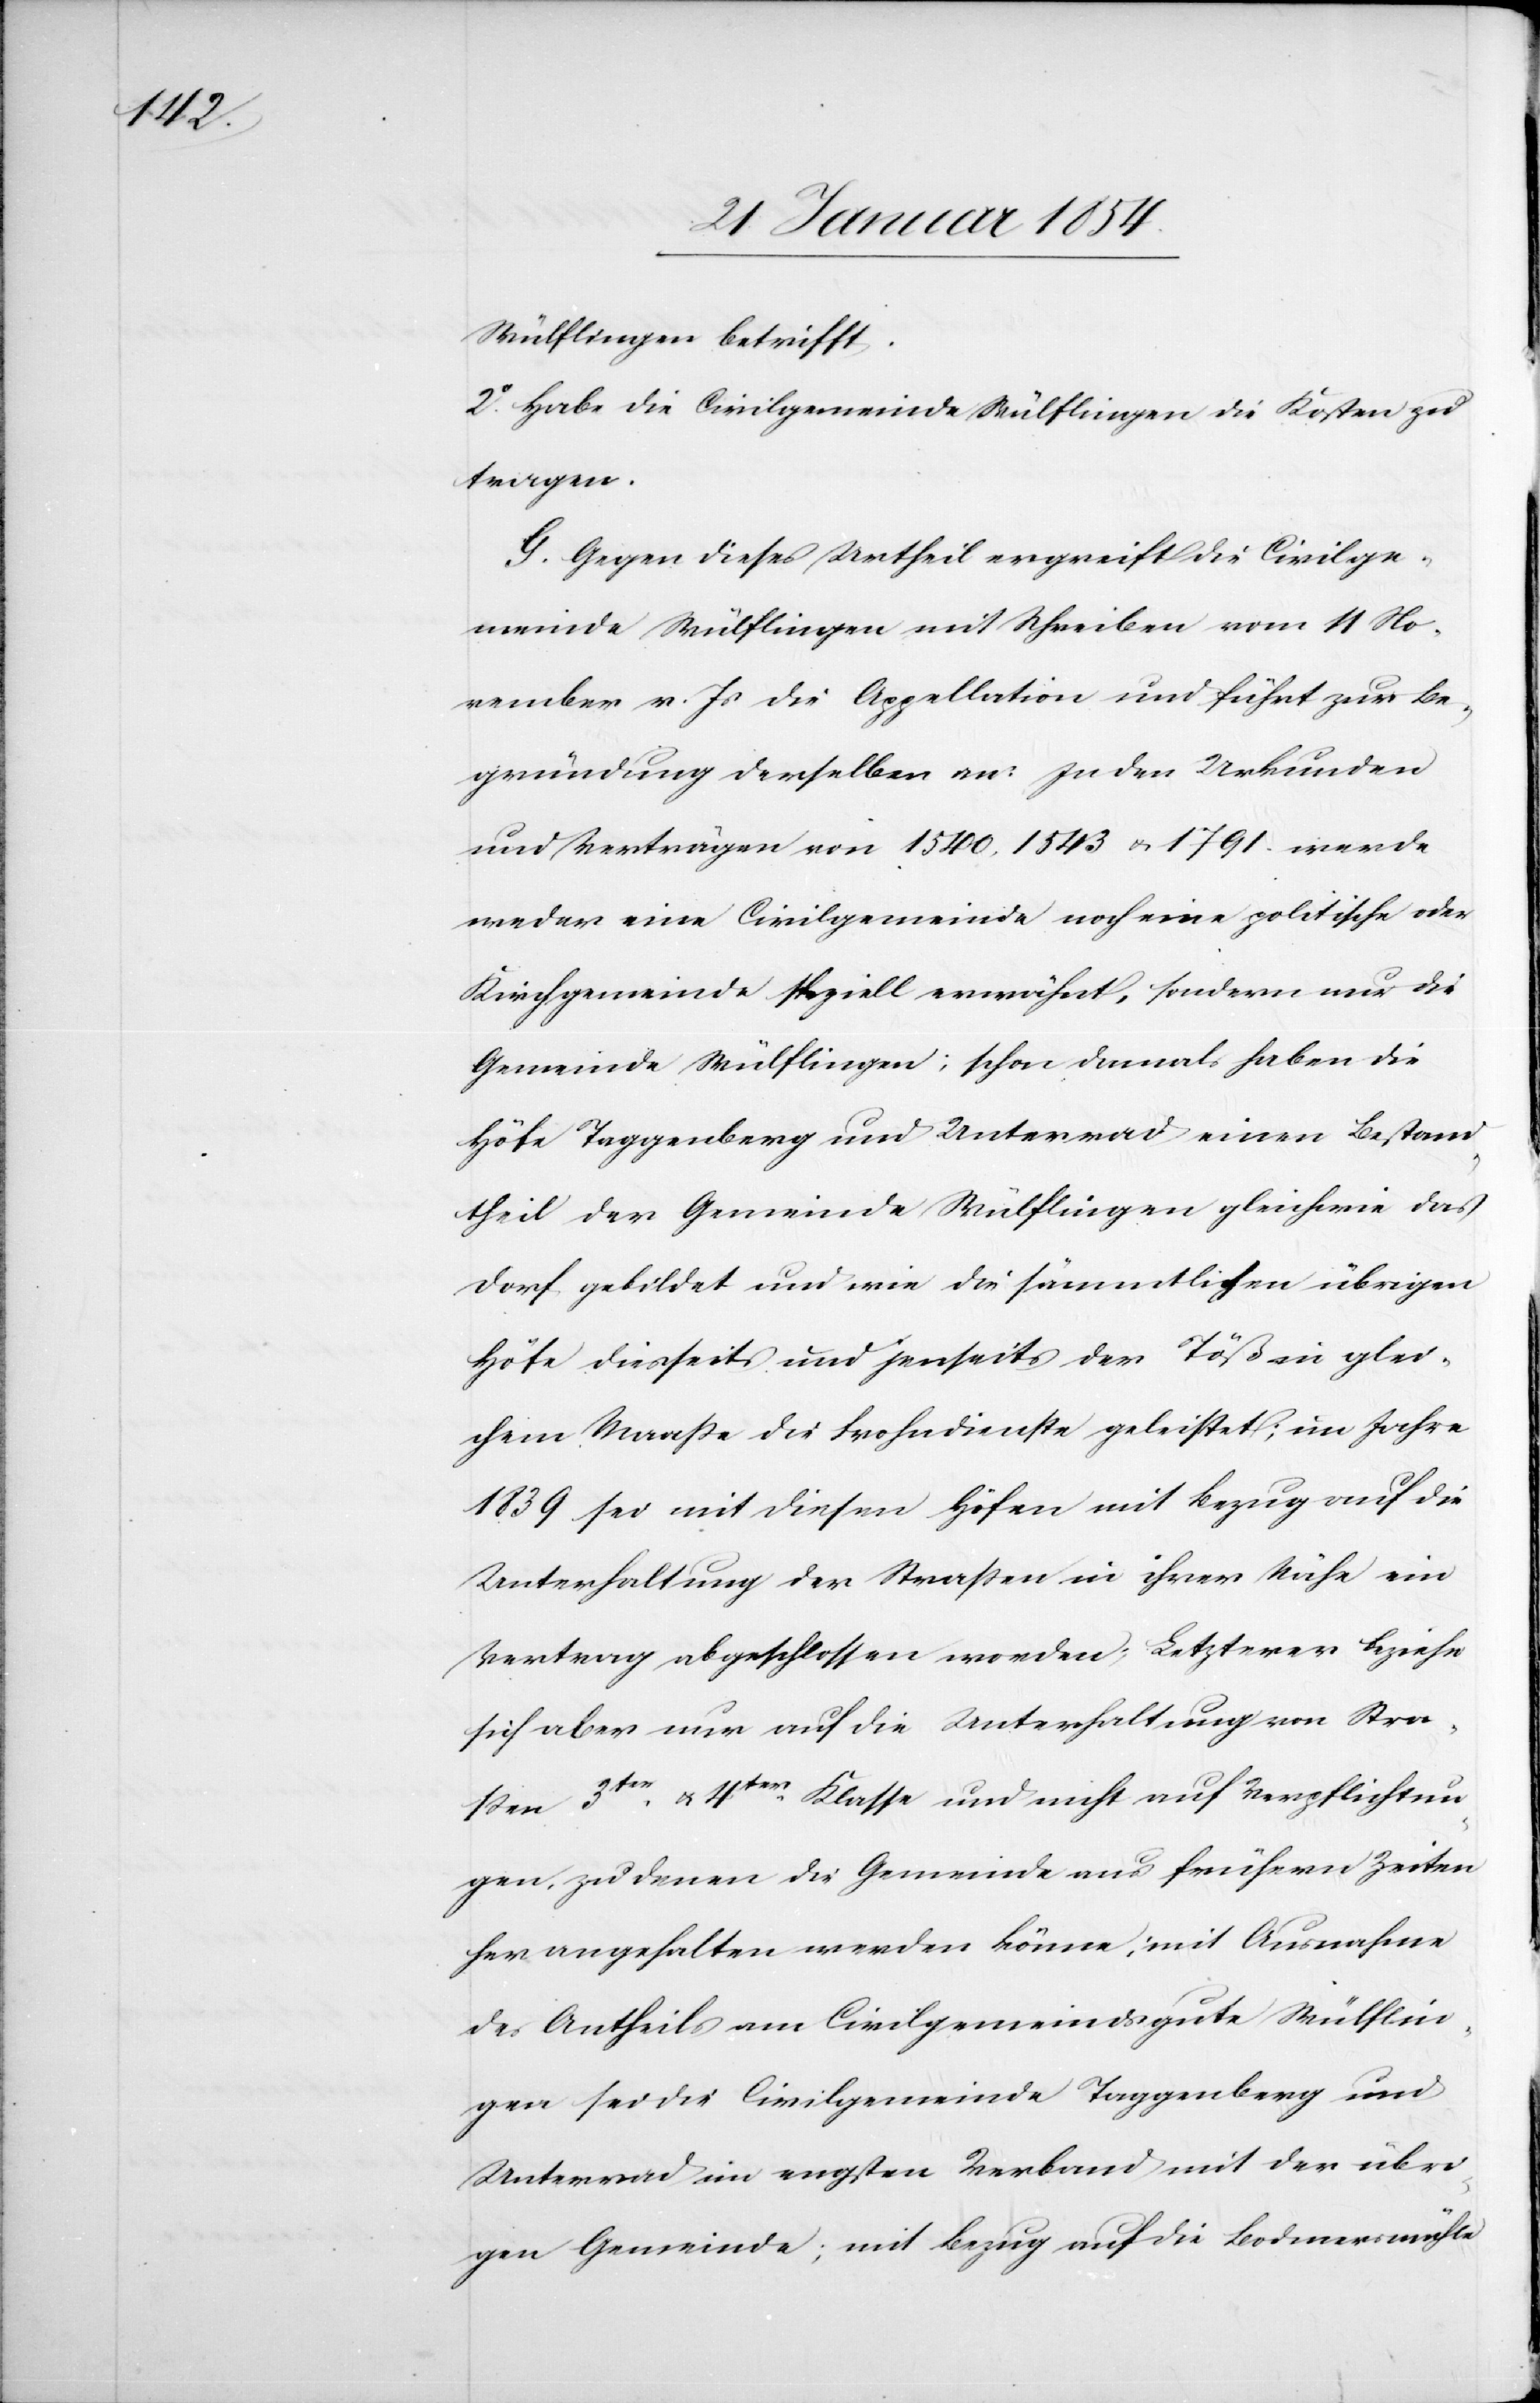
Wülflingen betrifft.
2o Habe die Civilgemeinde Wülflingen die Kosten zu
tragen.
G. Gegen dieses Urtheil ergreift die Civilge¬
meinde Wülflingen mit Schreiben vom 11 No¬
vember v. Js die Appellation und führt zur Be¬
gründung derselben an: In den Urkunden
und Verträgen von 1540, 1543 u. 1791 werde
weder eine Civilgemeinde noch eine politische oder
Kirchgemeinde speziell erwähnt, sondern nur die
Gemeinde Wülflingen; schon damals haben die
Höfe Taggenberg und Unterrad einen Bestand¬
theil der Gemeinde Wülflingen und gleichwie das
Dorf gebildet und wie die sämmtlichen übrigen
Höfe diesseits und jenseits der Töß in glei¬
chem Maaße die Frohndienste geleistet; im Jahre
1839 sei mit diesen Höfen mit Bezug auf die
Unterhaltung der Straßen in ihrer Nähe ein
Vertrag abgeschlossen worden; Letzterer beziehe
sich aber nur auf die Unterhaltung von Stra¬
ßen 3ter u. 4ter Klasse und nicht auf Verpflichtun¬
gen, zu denen die Gemeinde aus frühern Zeiten
her angehalten werden könne; mit Ausnahme
des Antheils am Civilgemeindsgute Wülflin¬
gen sei die Civilgemeinde Taggenberg und
Unterrad im engsten Verband mit der übri¬
gen Gemeinde; mit Bezug auf die Bodmersmühle